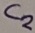
Text: C2